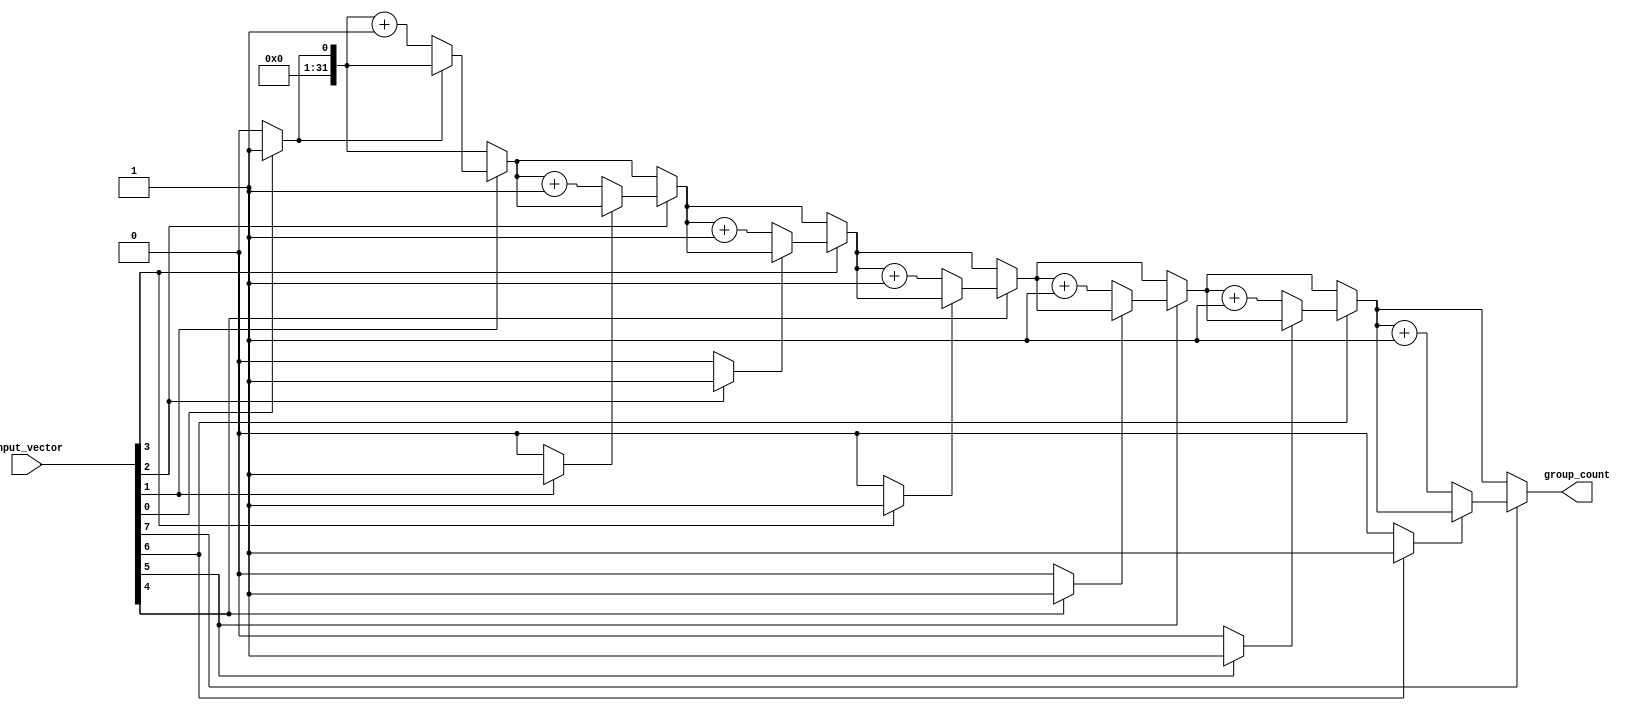
module group_of_ones (
    input wire [N-1:0] input_vector, // Input binary vector of size N
    output reg [31:0] group_count      // Output count of groups of '1's
);
    parameter N = 8; // Define the size of the input vector (can be changed as needed)

    integer i; // Loop variable
    reg in_group; // Flag to track if we are in a group of '1's

    always @(*) begin
        group_count = 0; // Initialize group count
        in_group = 0; // Initialize in_group flag

        // Iterate through each bit of the input vector
        for (i = 0; i < N; i = i + 1) begin
            if (input_vector[i] == 1'b1) begin
                if (!in_group) begin
                    group_count = group_count + 1; // Increment group count
                    in_group = 1; // Set in_group to true
                end
            end else begin
                in_group = 0; // Reset in_group flag
            end
        end
    end
endmodule